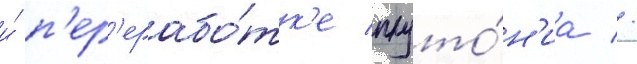
и́ п'ер'ерабо́тк'е плуто́н'иа //